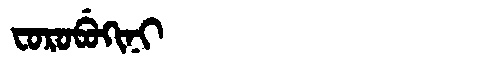
Manchu: ᠸᠣᡵᠣᠪᡠᡴᡳᠨᡳ
Romanization: FOROBUKINI